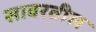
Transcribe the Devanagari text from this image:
सावरतील